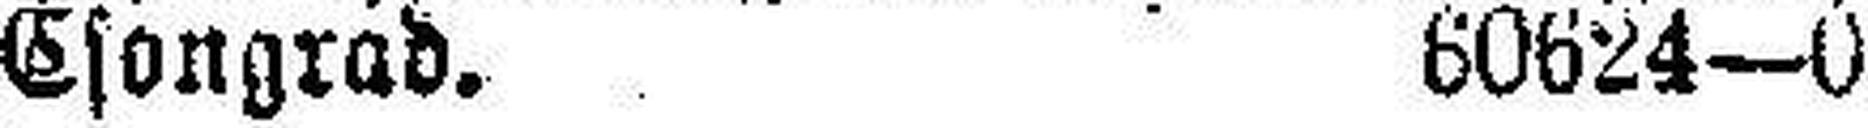
Csongrad. 60624—0